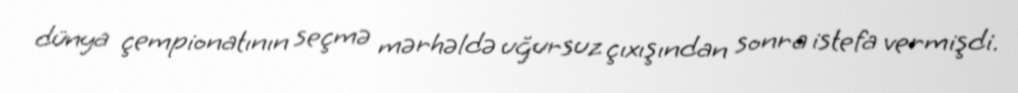
dünya çempionatının seçmə mərhəldə uğursuz çıxışından sonra istefa vermişdi.